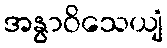
အနွာဝိသေယျံ